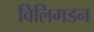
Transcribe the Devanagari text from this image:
विलिगडन